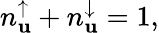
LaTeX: n_{\mathbf{u}}^{\uparrow}+n_{\mathbf{u}}^{\downarrow}=1,